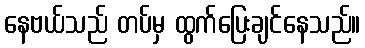
နေဗယ်သည် တပ်မှ ထွက်ပြေးချင်နေသည်။